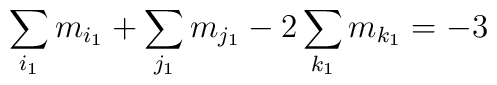
\sum_{i_1}m_{i_1} + \sum_{j_1}m_{j_1} - 2\sum_{k_1}m_{k_1} =-3